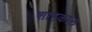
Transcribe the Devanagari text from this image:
शाहकाल